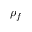
\rho _ { f }